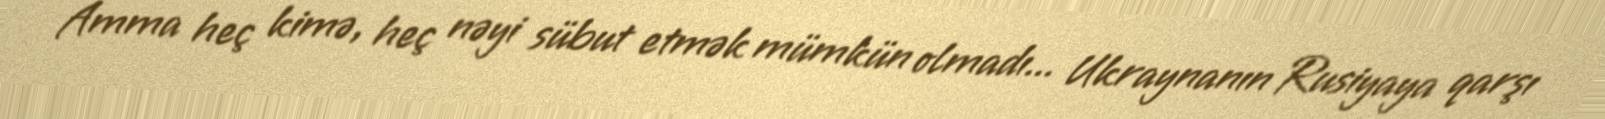
Amma heç kimə, heç nəyi sübut etmək mümkün olmadı... Ukraynanın Rusiyaya qarşı